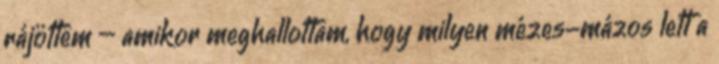
rájöttem – amikor meghallottam, hogy milyen mézes-mázos lett a